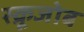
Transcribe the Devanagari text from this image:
स्क्रूजोब